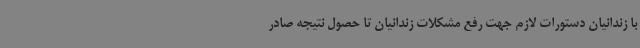
با زندانیان دستورات لازم جهت رفع مشکلات زندانیان تا حصول نتیجه صادر